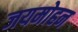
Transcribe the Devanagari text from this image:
जयमोहन